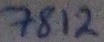
Text: 7812